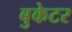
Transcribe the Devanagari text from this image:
बुकेटर